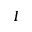
I